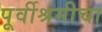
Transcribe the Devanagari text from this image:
पूर्वीश्रमीचा